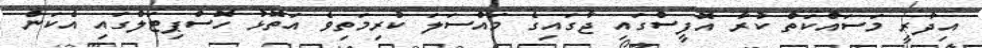
އިދާރީ މަސައްކަތް ކުރާ އޮފީސްގައި ޖާގައިގެ މައްސަލަ ކުރިމަތިވެ އަތޮޅު ހޮސްޕިޓަލްގައި އެކަން